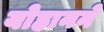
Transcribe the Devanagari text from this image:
योहानने